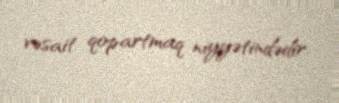
vəsait qopartmaq niyyətindədir.